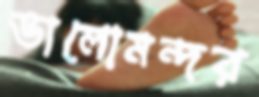
ভালোমন্দর